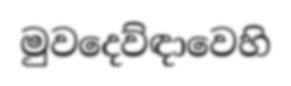
මුවදෙව්ඳාවෙහි